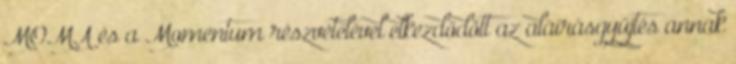
MOMA és a Momentum részvételével elkezdődött az aláírásgyűjtés annak